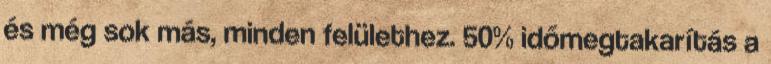
és még sok más, minden felülethez. 50% időmegtakarítás a